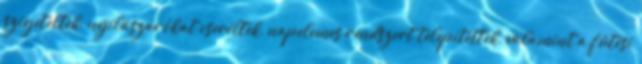
szigeteltek, nyílászárókat cseréltek, napelemes rendszert telepítettek, valamint a fűtési